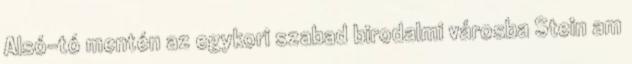
Alsó-tó mentén az egykori szabad birodalmi városba Stein am